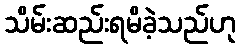
သိမ်းဆည်းရမိခဲ့သည်ဟု